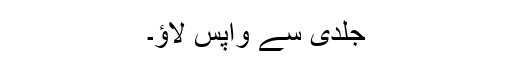
جلدی سے واپس لاؤ۔